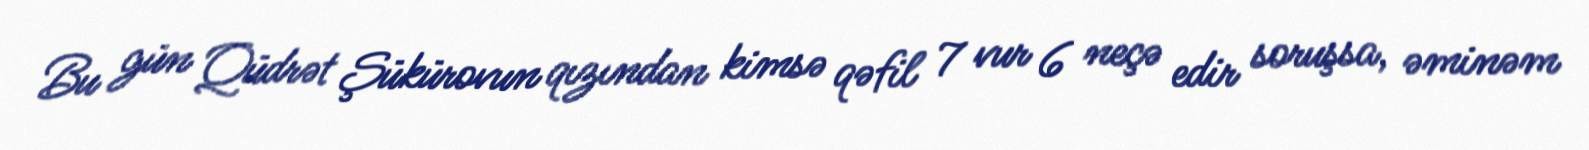
Bu gün Qüdrət Şükürovun qızından kimsə qəfil 7 vur 6 neçə edir soruşsa, əminəm